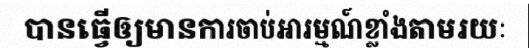
បានធ្វើឲ្យមានការចាប់អារម្មណ៍ខ្លាំងតាមរយៈ